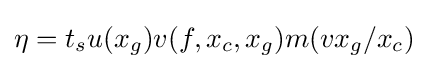
\eta =t_{s}u(x_{g})v(f,x_{c},x_{g})m(vx_{g}/x_{c})